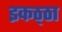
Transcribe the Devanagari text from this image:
इकठ्‍ठा